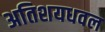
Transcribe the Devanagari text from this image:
अतिशयधवल